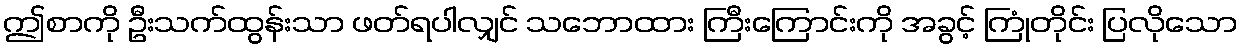
ဤစာကို ဦးသက်ထွန်းသာ ဖတ်ရပါလျှင် သဘောထား ကြီးကြောင်းကို အခွင့် ကြုံတိုင်း ပြလိုသော